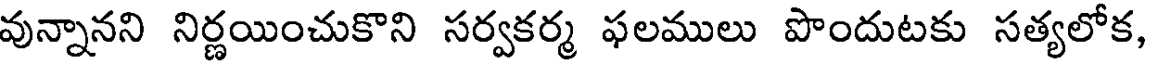
వున్నానని నిర్ణయించుకొని సర్వకర్మ ఫలములు పొందుటకు సత్యలోక,